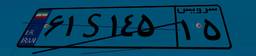
۰۶S۱۲۹۴۳